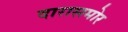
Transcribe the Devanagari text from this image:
दारासमोर